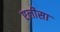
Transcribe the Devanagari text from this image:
एलीसा